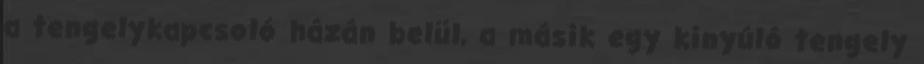
a tengelykapcsoló házán belül, a másik egy kinyúló tengely